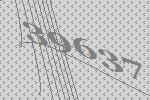
39637